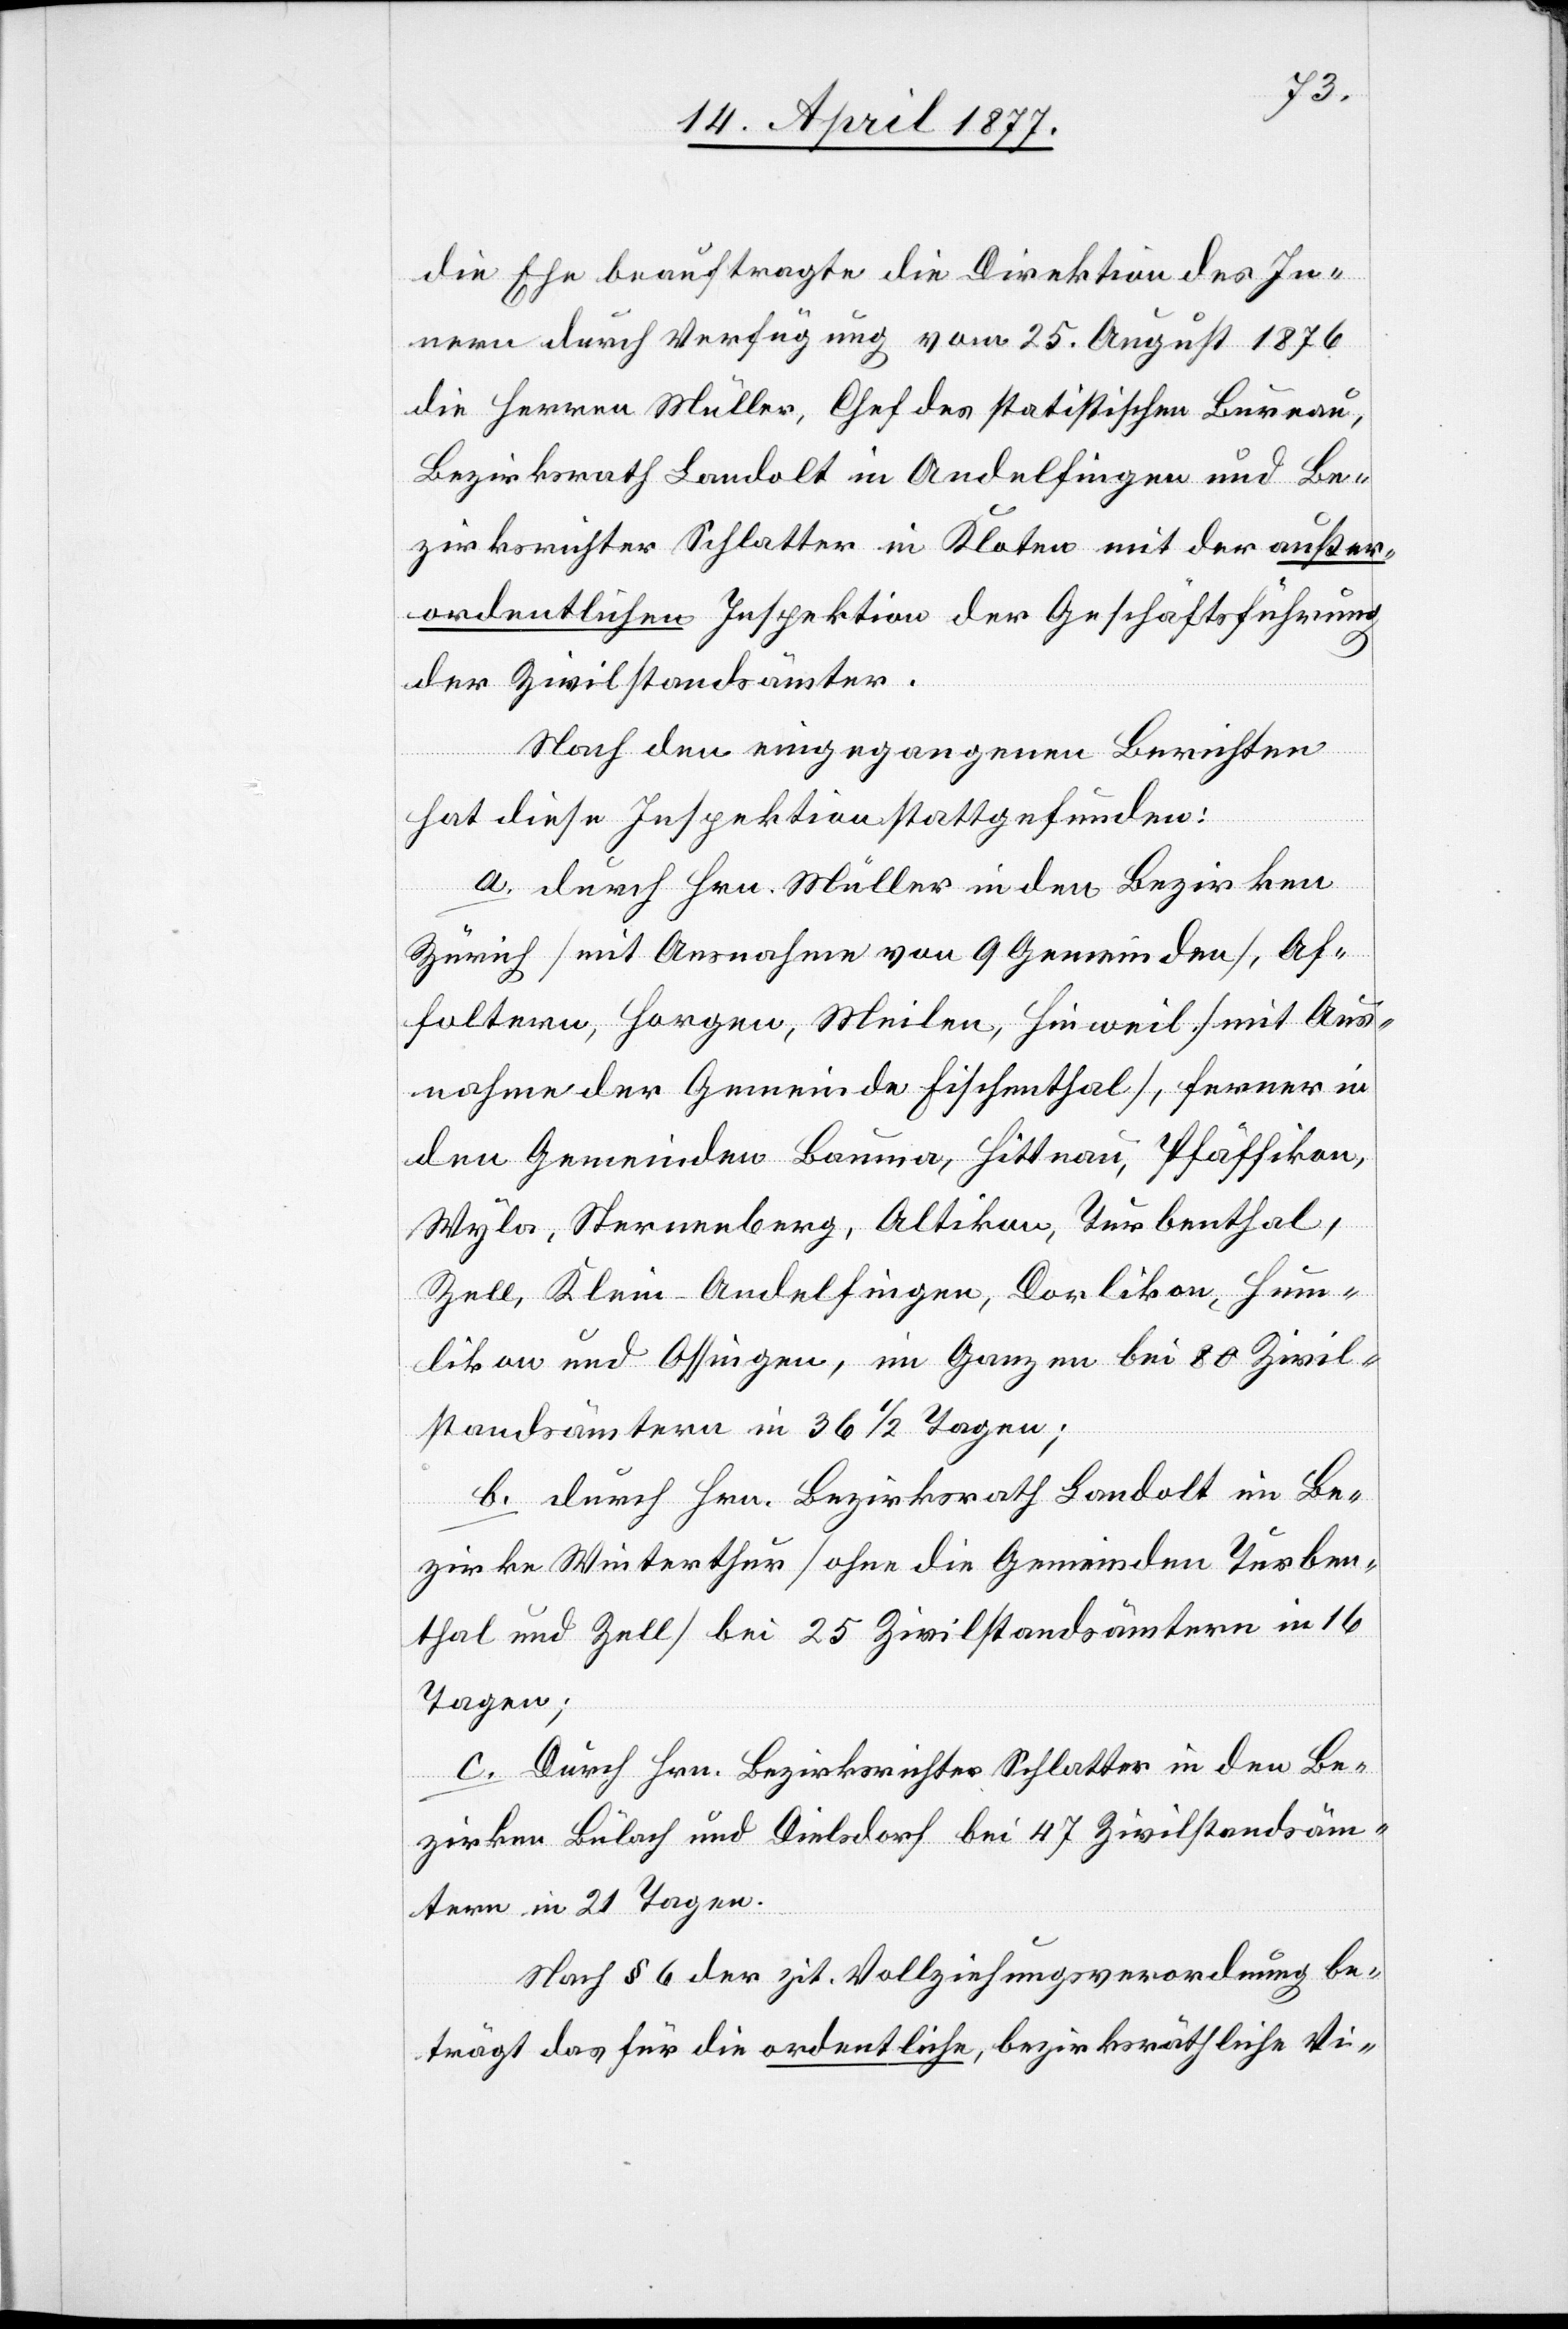
die Ehe beauftragte die Direktion des In¬
nern durch Verfügung vom 25. August 1876
die Herren Müller, Chef des statistischen Bureau,
Bezirksrath Landolt in Andelfingen und Be¬
zirksrichter Schlatter in Kloten mit der außer¬
ordentlichen Inspektion der Geschäftsführung
der Zivilstandsämter.
Nach den eingegangenen Berichten
hat diese Inspektion stattgefunden:
a. durch Hrn. Müller in den Bezirken
Zürich [mit Ausnahme von 9 Gemeinden], Af¬
foltern, Horgen, Meilen, Hinweil [Mit Aus¬
nahme der Gemeinde Fischenthal], ferner in
den Gemeinden Bauma, Hittnau, Pfäffikon,
Wyla, Sternenberg, Altikon, Turbenthal,
Zell, Klein-Andelfingen, Dorlikon, Hum¬
likon und Ossingen, im Ganzen bei 80 Zivil¬
standsämtern in 36 1/2 Tagen;
b. durch Hrn. Bezirksrath Landolt im Be¬
zirke Winterthur [ohne die Gemeinden Turben¬
thal und Zell] bei 25 Zivilstandsämtern in 16
Tagen;
c. Durch Hrn. Bezirksrichter Schlatter in den Be¬
zirken Bülach und Dielsdorf bei 47 Zivilstandsäm¬
tern in 21 Tagen.
Nach § 6 der zit. Vollziehungsverordnung be¬
trägt das für die ordentliche, bezirksräthliche Vi-